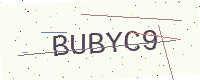
Text: BUBYC9